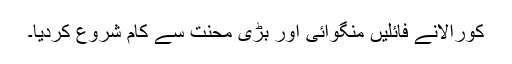
کورالانے فائلیں منگوائی اور بڑی محنت سے کام شروع کردیا۔